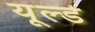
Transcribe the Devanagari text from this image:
यूल्डे